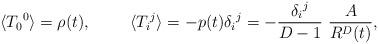
LaTeX: \begin{align*} \langle{T_ 0}^0\rangle =\rho(t),~~~~~~~ \langle {T_i }^j \rangle = -p(t){\delta_i} ^j= - { {\delta_i}^j \over D-1} ~{A\over R^D(t)},\end{align*}